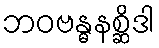
ဘဝဗန္ဓနစ္ဆိဒါ